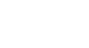
စာပို့ခြင်း